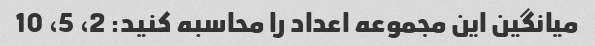
میانگین این مجموعه اعداد را محاسبه کنید: 2، 5، 10